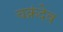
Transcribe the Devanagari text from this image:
चक्रंदेव